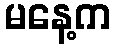
မနေ့က